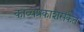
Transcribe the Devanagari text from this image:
काव्यप्रकाशसंकेत